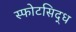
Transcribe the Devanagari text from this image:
स्फोटसिद्ध